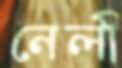
নেলী